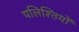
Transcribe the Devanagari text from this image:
पलिश्तियों